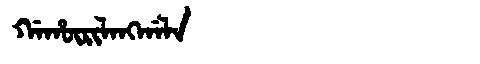
Manchu: ᡤᠠᡥᡡᡵᡳᠯᠠᠩᡤᠠᠯᠠ
Romanization: GAHŪRILANGGALA